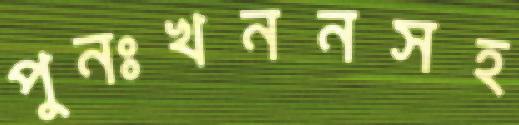
পুনঃখননসহ